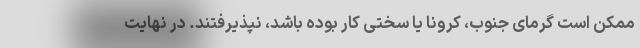
ممکن است گرمای جنوب، کرونا یا سختی کار بوده باشد، نپذیرفتند. در نهایت